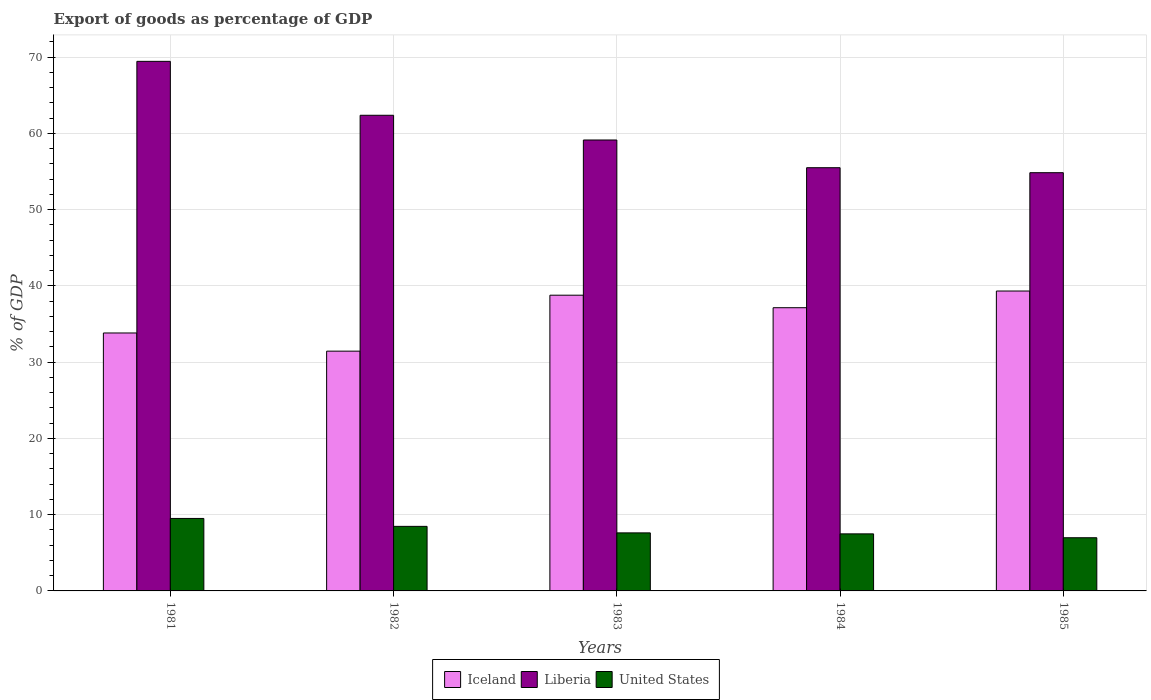
| Years | Iceland | Liberia | United States |
 | --- | --- | --- | --- |
 | 1981 | 33.8 | 69.5 | 9.51 |
 | 1982 | 31.5 | 62.4 | 8.47 |
 | 1983 | 38.8 | 59.1 | 7.61 |
 | 1984 | 37.1 | 55.5 | 7.48 |
 | 1985 | 39.3 | 54.9 | 6.98 |